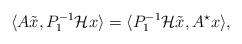
LaTeX: \begin{align*} \langle A\tilde x, P_1^{-1}\mathcal{H}x\rangle=\langle P_1^{-1}\mathcal{H}\tilde x,A^\star x\rangle,\end{align*}